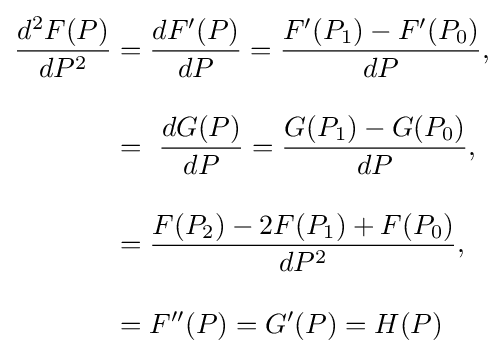
{\begin{aligned}{\frac {d^{2}F(P)}{dP^{2}}}&={\frac {dF'(P)}{dP}}={\frac {F'(P_{1})-F'(P_{0})}{dP}},\\[10pt]&=\ {\frac {dG(P)}{dP}}={\frac {G(P_{1})-G(P_{0})}{dP}},\\[10pt]&={\frac {F(P_{2})-2F(P_{1})+F(P_{0})}{dP^{2}}},\\[10pt]&=F''(P)=G'(P)=H(P)\end{aligned}}